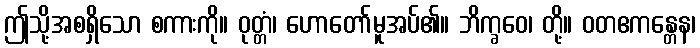
ဤသို့အစရှိသော စကားကို။ ဝုတ္တံ၊ ဟောတော်မူအပ်၏။ ဘိက္ခဝေ၊ တို့။ ဝတဧကန္တေန၊